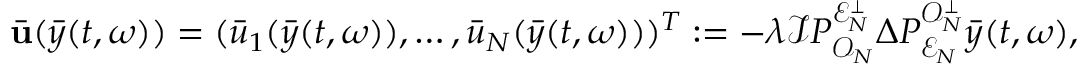
\bar { \mathbf { u } } ( \bar { y } ( t , \omega ) ) = ( \bar { u } _ { 1 } ( \bar { y } ( t , \omega ) ) , \dots , \bar { u } _ { N } ( \bar { y } ( t , \omega ) ) ) ^ { T } : = - \lambda \mathcal { I } P _ { \mathcal { O } _ { N } } ^ { \mathcal { E } _ { N } ^ { \perp } } \Delta P _ { \mathcal { E } _ { N } } ^ { \mathcal { O } _ { N } ^ { \perp } } \bar { y } ( t , \omega ) ,